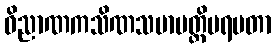
ဝိညာဏကသိဏသမာပတ္တိပရမတာ